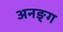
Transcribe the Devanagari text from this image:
अनङ्‌ग